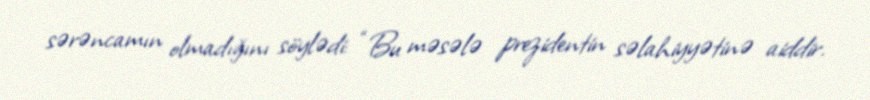
sərəncamın olmadığını söylədi: “Bu məsələ prezidentin səlahiyyətinə aiddir.